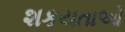
શકયતાઓ